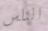
الناس